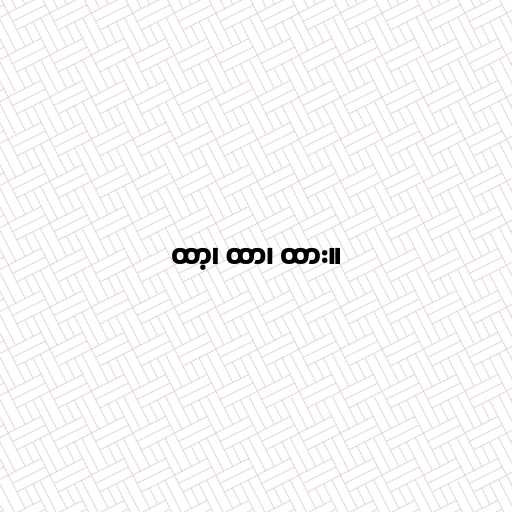
ထာ့၊ ထာ၊ ထား။